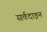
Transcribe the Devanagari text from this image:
सर्वदाइन